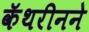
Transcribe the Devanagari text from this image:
कॅथरीनने